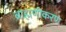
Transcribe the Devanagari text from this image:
ब्राह्मणीकरण